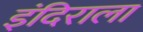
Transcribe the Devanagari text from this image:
इंदिराला